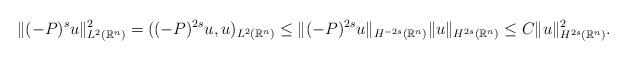
LaTeX: \begin{align*}\|(-P)^{s}u\|_{L^{2}(\mathbb{R}^{n})}^{2} = ((-P)^{2s}u,u)_{L^{2}(\mathbb{R}^{n})} \le \|(-P)^{2s}u\|_{H^{-2s}(\mathbb{R}^{n})} \|u\|_{H^{2s}(\mathbb{R}^{n})} \le C\|u\|_{H^{2s}(\mathbb{R}^{n})}^{2}.\end{align*}